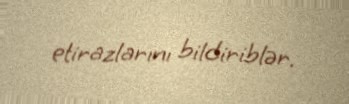
etirazlarını bildiriblər.